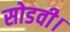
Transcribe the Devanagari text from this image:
सोडवी।